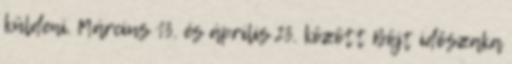
küldeni. Március 13. és április 23. között Böjt időszaka